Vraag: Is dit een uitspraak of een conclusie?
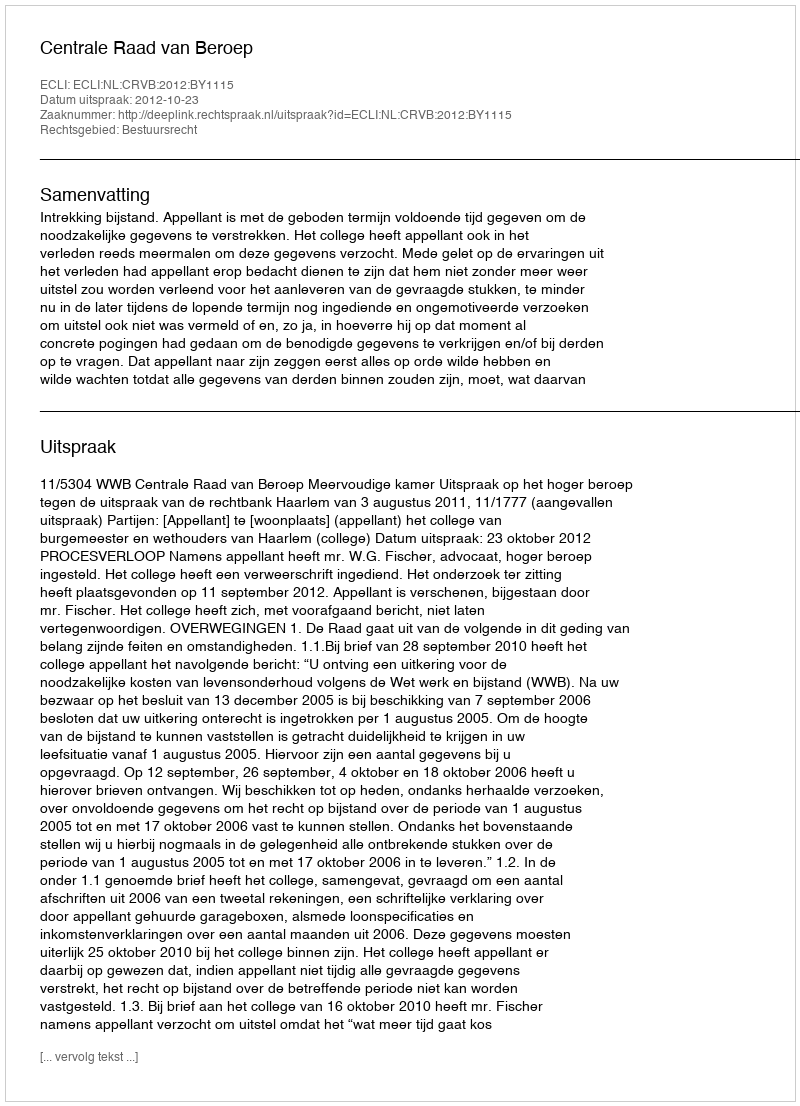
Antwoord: Uitspraak